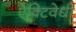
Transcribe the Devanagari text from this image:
ऐक्टिवेधी